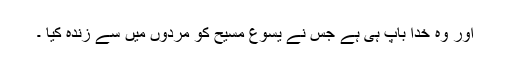
اور وہ خدا باپ ہی ہے جس نے یسوع مسیح کو مُردوں میں سے زندہ کیا ۔